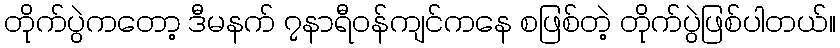
တိုက်ပွဲကတော့ ဒီမနက် ၇နာရီဝန်ကျင်ကနေ စဖြစ်တဲ့ တိုက်ပွဲဖြစ်ပါတယ်။